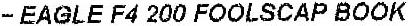
- EAGLE F4 200 FOOLSCAP BOOK